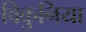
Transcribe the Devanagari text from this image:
विकुनिया